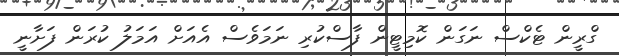
ގްރީން ޓެކްސް ނަގަން ކޮމިޓީން ފާސްކުރި ނަމަވެސް އެއަށް އަމަލު ކުރަން ފަށާނީ